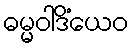
ဓမ္မဝါဒိံယေဝ